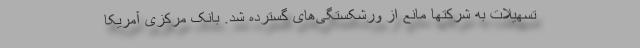
تسهیلات به شرکتها مانع از ورشکستگی‌های گسترده شد. بانک مرکزی آمریکا